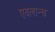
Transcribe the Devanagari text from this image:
एवलान्च